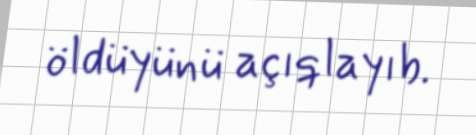
öldüyünü açıqlayıb.